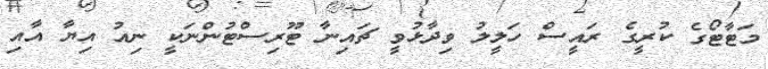
މަޓާޓޯގެ ކުރީގެ ރައީސް ހަލީލު ވިދާޅުވީ ޗައިނާ ޓޫރިސްޓުންނަކީ ނިއު އިޔާ އާއި